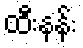
ထီးနန်း